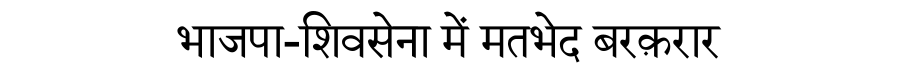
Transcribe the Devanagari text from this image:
भाजपा-शिवसेना में मतभेद बरक़रार